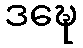
ဒဍ္ဎေ